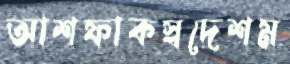
আশফাকস্বদেশম